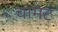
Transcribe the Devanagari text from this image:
चामट